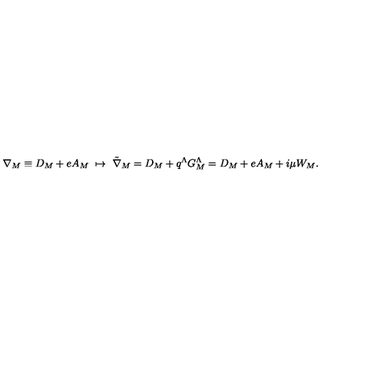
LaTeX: \nabla _ { M } \equiv { D } _ { M } + e A _ { M } \ \mapsto \ { \tilde { \nabla } } _ { M } = { D } _ { M } + q ^ { \Lambda } G _ { M } ^ { \Lambda } = { D } _ { M } + e A _ { M } + i \mu W _ { M } .